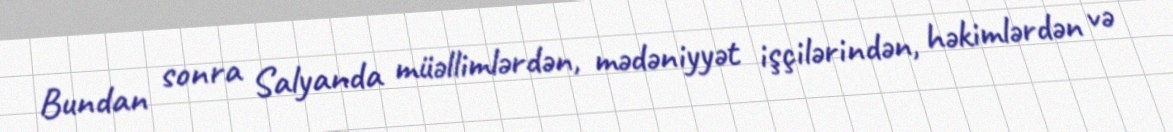
Bundan sonra Salyanda müəllimlərdən, mədəniyyət işçilərindən, həkimlərdən və